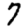
Digit: 7